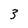
Character: 3